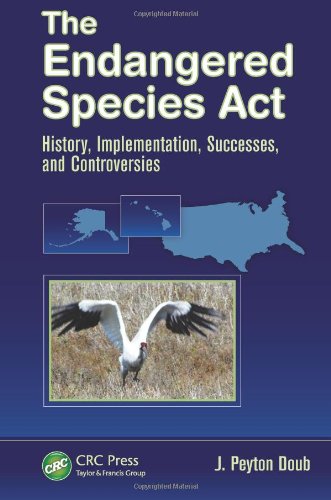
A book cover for The Endangered Species Act: History, Implementation, Successes, and Controversies; J. Peyton Doub; Science & Math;